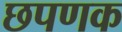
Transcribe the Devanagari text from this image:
छपणक